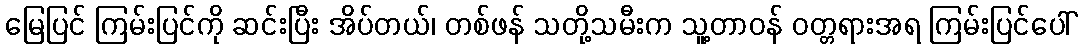
မြေပြင် ကြမ်းပြင်ကို ဆင်းပြီး အိပ်တယ်၊ တစ်ဖန် သတို့သမီးက သူ့တာဝန် ဝတ္တရားအရ ကြမ်းပြင်ပေါ်